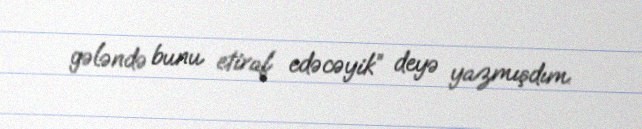
gələndə bunu etiraf edəcəyik” deyə yazmışdım.